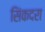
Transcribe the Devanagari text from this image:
सिंकदरा